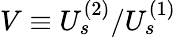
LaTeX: V\equiv{U_{s}^{(2)}}/{U_{s}^{(1)}}